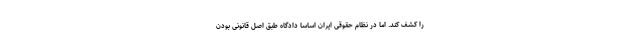
را کشف کند. اما در نظام حقوقی ایران اساساً دادگاه طبق اصل قانونی بودن